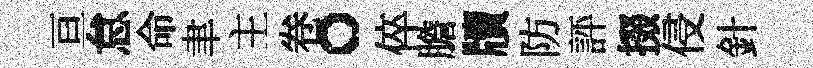
亘怠命聿主卷。倅膽牘防評掇侵針